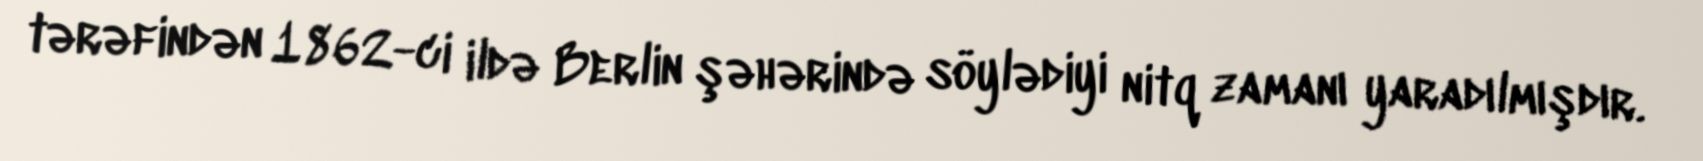
tərəfindən 1862-ci ildə Berlin şəhərində söylədiyi nitq zamanı yaradılmışdır.